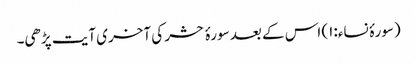
(سورۂ نساء:۱) اس کے بعد سورۂ حشر کی آخری آیت پڑھی۔